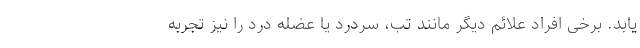
یابد. برخی افراد علائم دیگر مانند تب، سردرد یا عضله درد را نیز تجربه